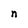
Character: n